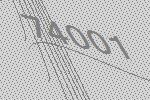
74001